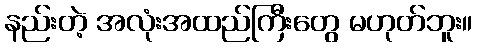
နည်းတဲ့ အလုံးအထည်ကြီးတွေ မဟုတ်ဘူး။